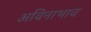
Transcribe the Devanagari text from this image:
अविनाभाव